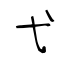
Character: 弋